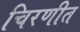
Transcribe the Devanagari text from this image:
चिरणीत